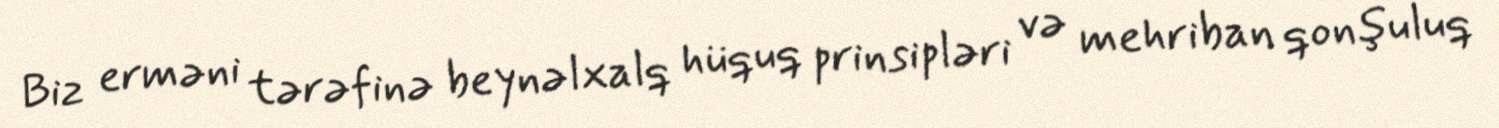
Biz erməni tərəfinə beynəlxalq hüquq prinsipləri və mehriban qonşuluq